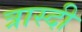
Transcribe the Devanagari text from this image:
त्रास्दी